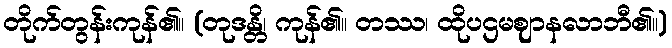
တိုက်တွန်းကုန်၏။ (တုဒန္တိ၊ ကုန်၏။ တဿ၊ ထိုပဌမဈာနလာဘီ၏။)